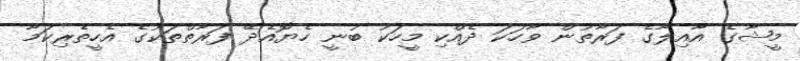
މީޝާގެ އާއިލާގެ ފަރާތުން ވާހަކަ ދެއްކި މީހަކު ބުނީ ހެޔޮއެދޭ ފަރާތްތަކުގެ އެހީތެރިކަމާ